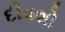
દીવશો